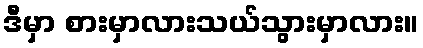
ဒီမှာ စားမှာလားသယ်သွားမှာလား။